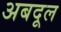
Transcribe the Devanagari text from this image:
अबदूल